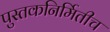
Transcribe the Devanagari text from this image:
पुस्तकनिर्मितीच